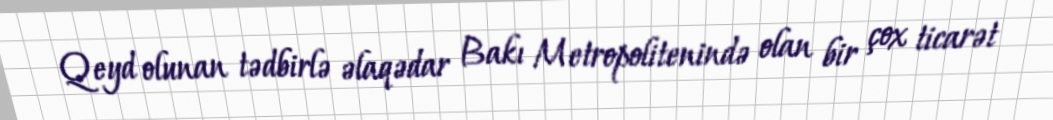
Qeyd olunan tədbirlə əlaqədar Bakı Metropolitenində olan bir çox ticarət